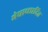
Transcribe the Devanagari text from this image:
मेधाच्छादित